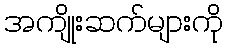
အကျိုးဆက်များကို